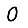
Digit: 0